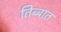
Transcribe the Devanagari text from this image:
तिब्बात